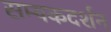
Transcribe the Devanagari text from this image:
सम्यकदर्शन